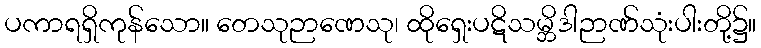
ပကာရရှိကုန်သော။ တေသုဉာဏေသု၊ ထိုရှေးပဋိသမ္ဘိဒါဉာဏ်သုံးပါးတို့၌။